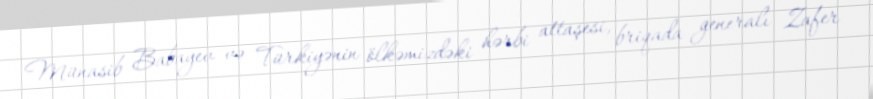
Münasib Babayev və Türkiyənin ölkəmizdəki hərbi attaşesi, briqada generalı Zafer